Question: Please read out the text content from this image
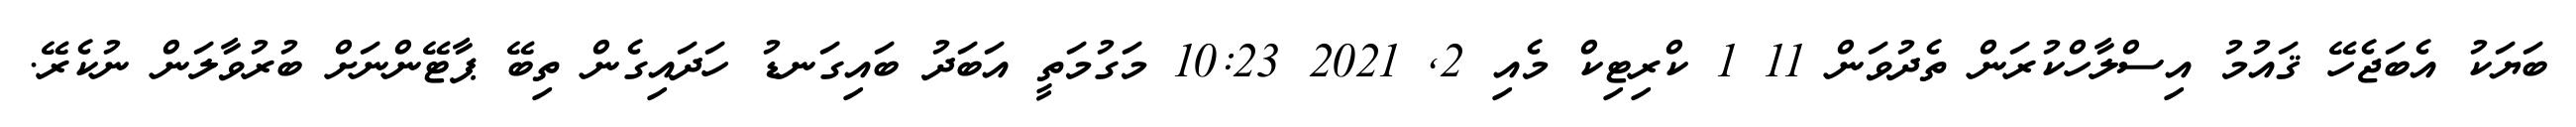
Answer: ބަޔަކު އެބަޖެހޭ ޤައުމު އިސްލާހްކުރަން ތެދުވަން 11 1 ކްރިޓިކް މެއި 2, 2021 10:23 މަގުމަތީ އަބަދު ބައިގަނޑު ހަދައިގެން ތިބޭ ޕާޓޭންނަށް ބުރުވާލަން ނުކެރޭ.